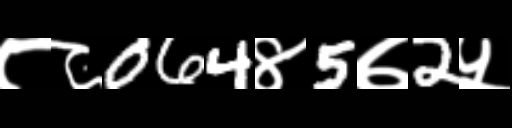
Text: ८८064४5७2५